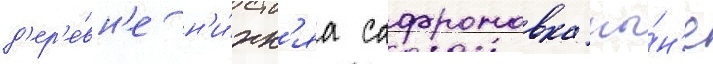
д'ер'е́вн'е н'и́жн'яа сафроновка ны́н'е